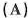
(A)